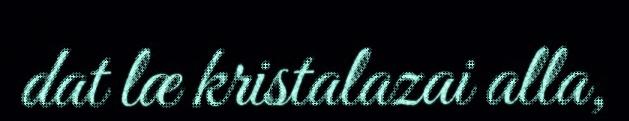
dat læ kristalazai alla,